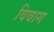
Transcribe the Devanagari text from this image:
विवाग